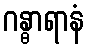
ဂန္ဓာရာနံ